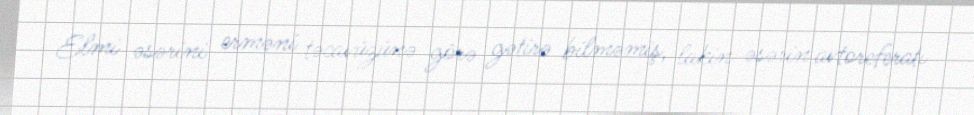
Elmi əsərini erməni təcavüzünə görə gətirə bilməmiş, lakin əsərin avtoreferatı